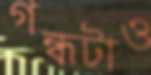
গন্ধটাও